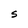
Character: s